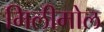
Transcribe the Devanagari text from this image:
मिलीमोल